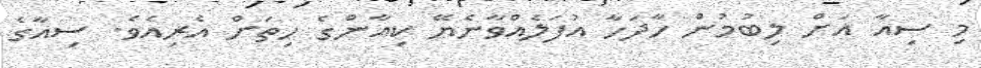
މި ސިއާ އަށް ލިބުމުން ހާދަހާ އުފަލެއްވާނެޔޭ ކިއާންގެ ހިތަށް އެރިއެވެ. ސިއާގެ